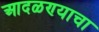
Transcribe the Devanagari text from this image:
आदळण्याचा